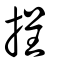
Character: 挰